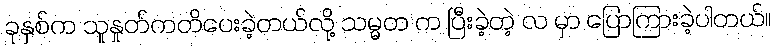
ခုနှစ်က သူနှုတ်ကတိပေးခဲ့တယ်လို့ သမ္မတ က ပြီးခဲ့တဲ့ လ မှာ ပြောကြားခဲ့ပါတယ်။